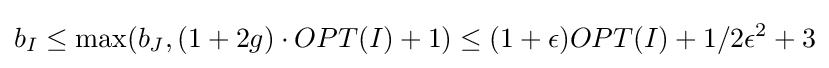
b_{I}\leq \max(b_{J},(1+2g)\cdot OPT(I)+1)\leq (1+\epsilon )OPT(I)+1/2\epsilon ^{2}+3